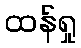
ထန်ရှု